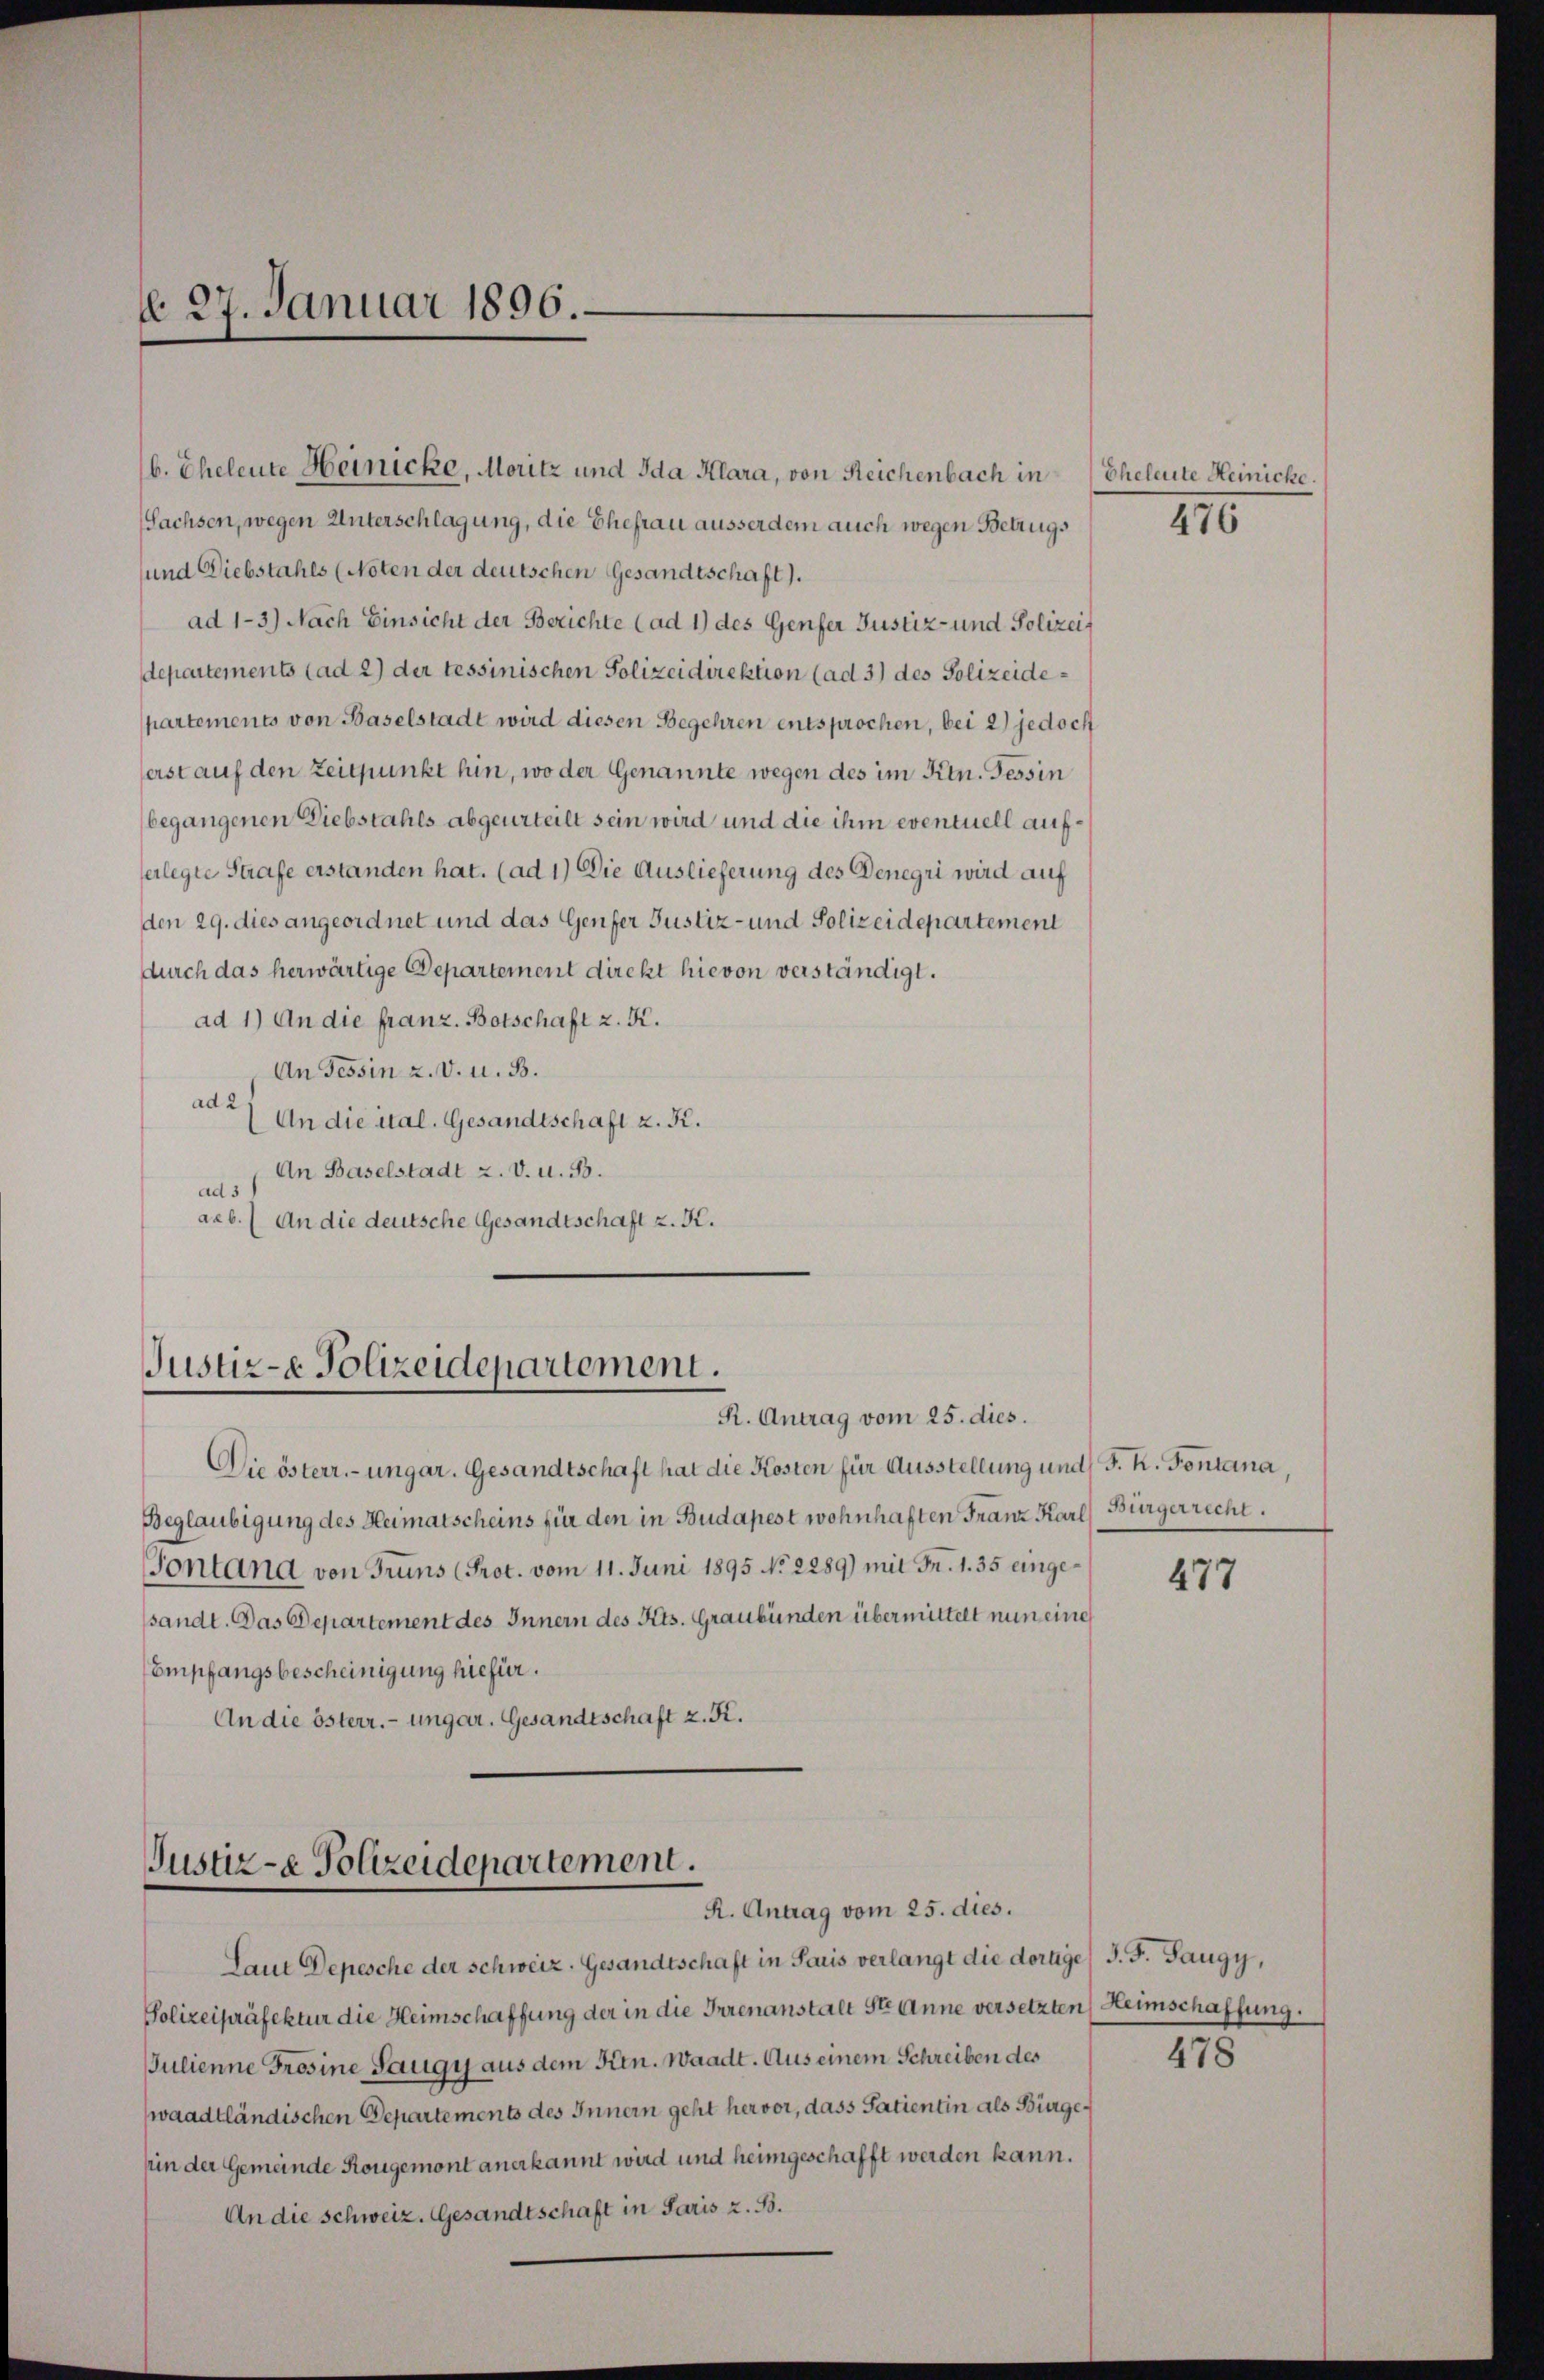
d. 27. Januar 1896.

b. Eheleute Heinicke, Moritz und Ida Klara, von Reichenbach in
Sachsen, wegen Unterschlagung, die Ehefrau ausserdem auch wegen Betrugs
und Diebstahls (Noten der deutschen Gesandtschaft).
ad 1-3) Nach Einsicht der Berichte (ad 1) des Genfer Justiz- und Polizeif
departements (ad 2) der tessinischen Polizeidirektion (ad 3) des Polizeidepartements von Baselstadt wird diesen Begehren entsprochen, bei 2) jedoch
serst auf den Zeitpunkt hin, wo der Genannte wegen des im Ktn. Tessin
begangenen Diebstahls abgeurteilt sein wird und die ihm eventuell aufferlegte Strafe erstanden hat. (ad 1) Die Auslieferung des Denegri wird auf
den 29. dies angeordnet und das Genfer Justiz- und Polizeidepartement
durch das herwärtige Departement direkt hievon verständigt.
ad 1) An die franz. Botschaft z. K.
An Tessin z. v. u. B.
ad 2
An die ital. Gesandtschaft z. K.
An Baselstadt z. v. u. 33.
ad 3
acb.) An die deutsche Gesandtschaft z. K.

Justiz- & Polizeidepartement.
R. Antrag vom 25. dies.

Die österr.-ungar. Gesandtschaft hat die Kosten für Ausstellung und F. K. Fontana
Beglaubigung des Heimatscheins für den in Budapest wohnhaften Franz Karl Bürgerrecht.
Sontand von Truns (Prot. vom 11. Juni 1895 No 2289) mit Fr. 1. 35 eingesandt. Das Departement des Innern des Kts. Graubünden übermittelt nun eine
Empfangsbescheinigung hiefür.
An die österr. ungar. Gesandtschaft z. K.

Justiz-e Polizeidepartement.
R. Antrag vom 25. dies.

Laut Depesche der schweiz. Gesandtschaft in Paris verlangt die dortiges J. F. Taugy,
Polizeipräfektur die Heimschaffung der in die Irrenanstalt Str. Anne versetzten (Heimschaffung.
Julienne Grosine Saugy aus dem Kien. Waadt. Aus einem Schreiben des
waadtländischen Departements des Innern geht hervor, dass Patientin als Bürgepin der Gemeinde Rougemont anerkannt wird und heimgeschafft werden kann.
An die Schweiz. Gesandtschaft in Paris z. B.

Eheleute Heinicke.

110

477

478